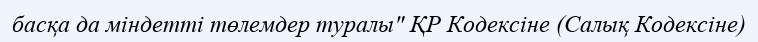
басқа да міндетті төлемдер туралы" ҚР Кодексіне (Салық Кодексіне)